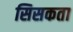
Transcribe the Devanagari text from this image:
सिसकता